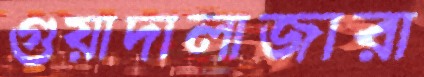
গুয়াদালাজারা